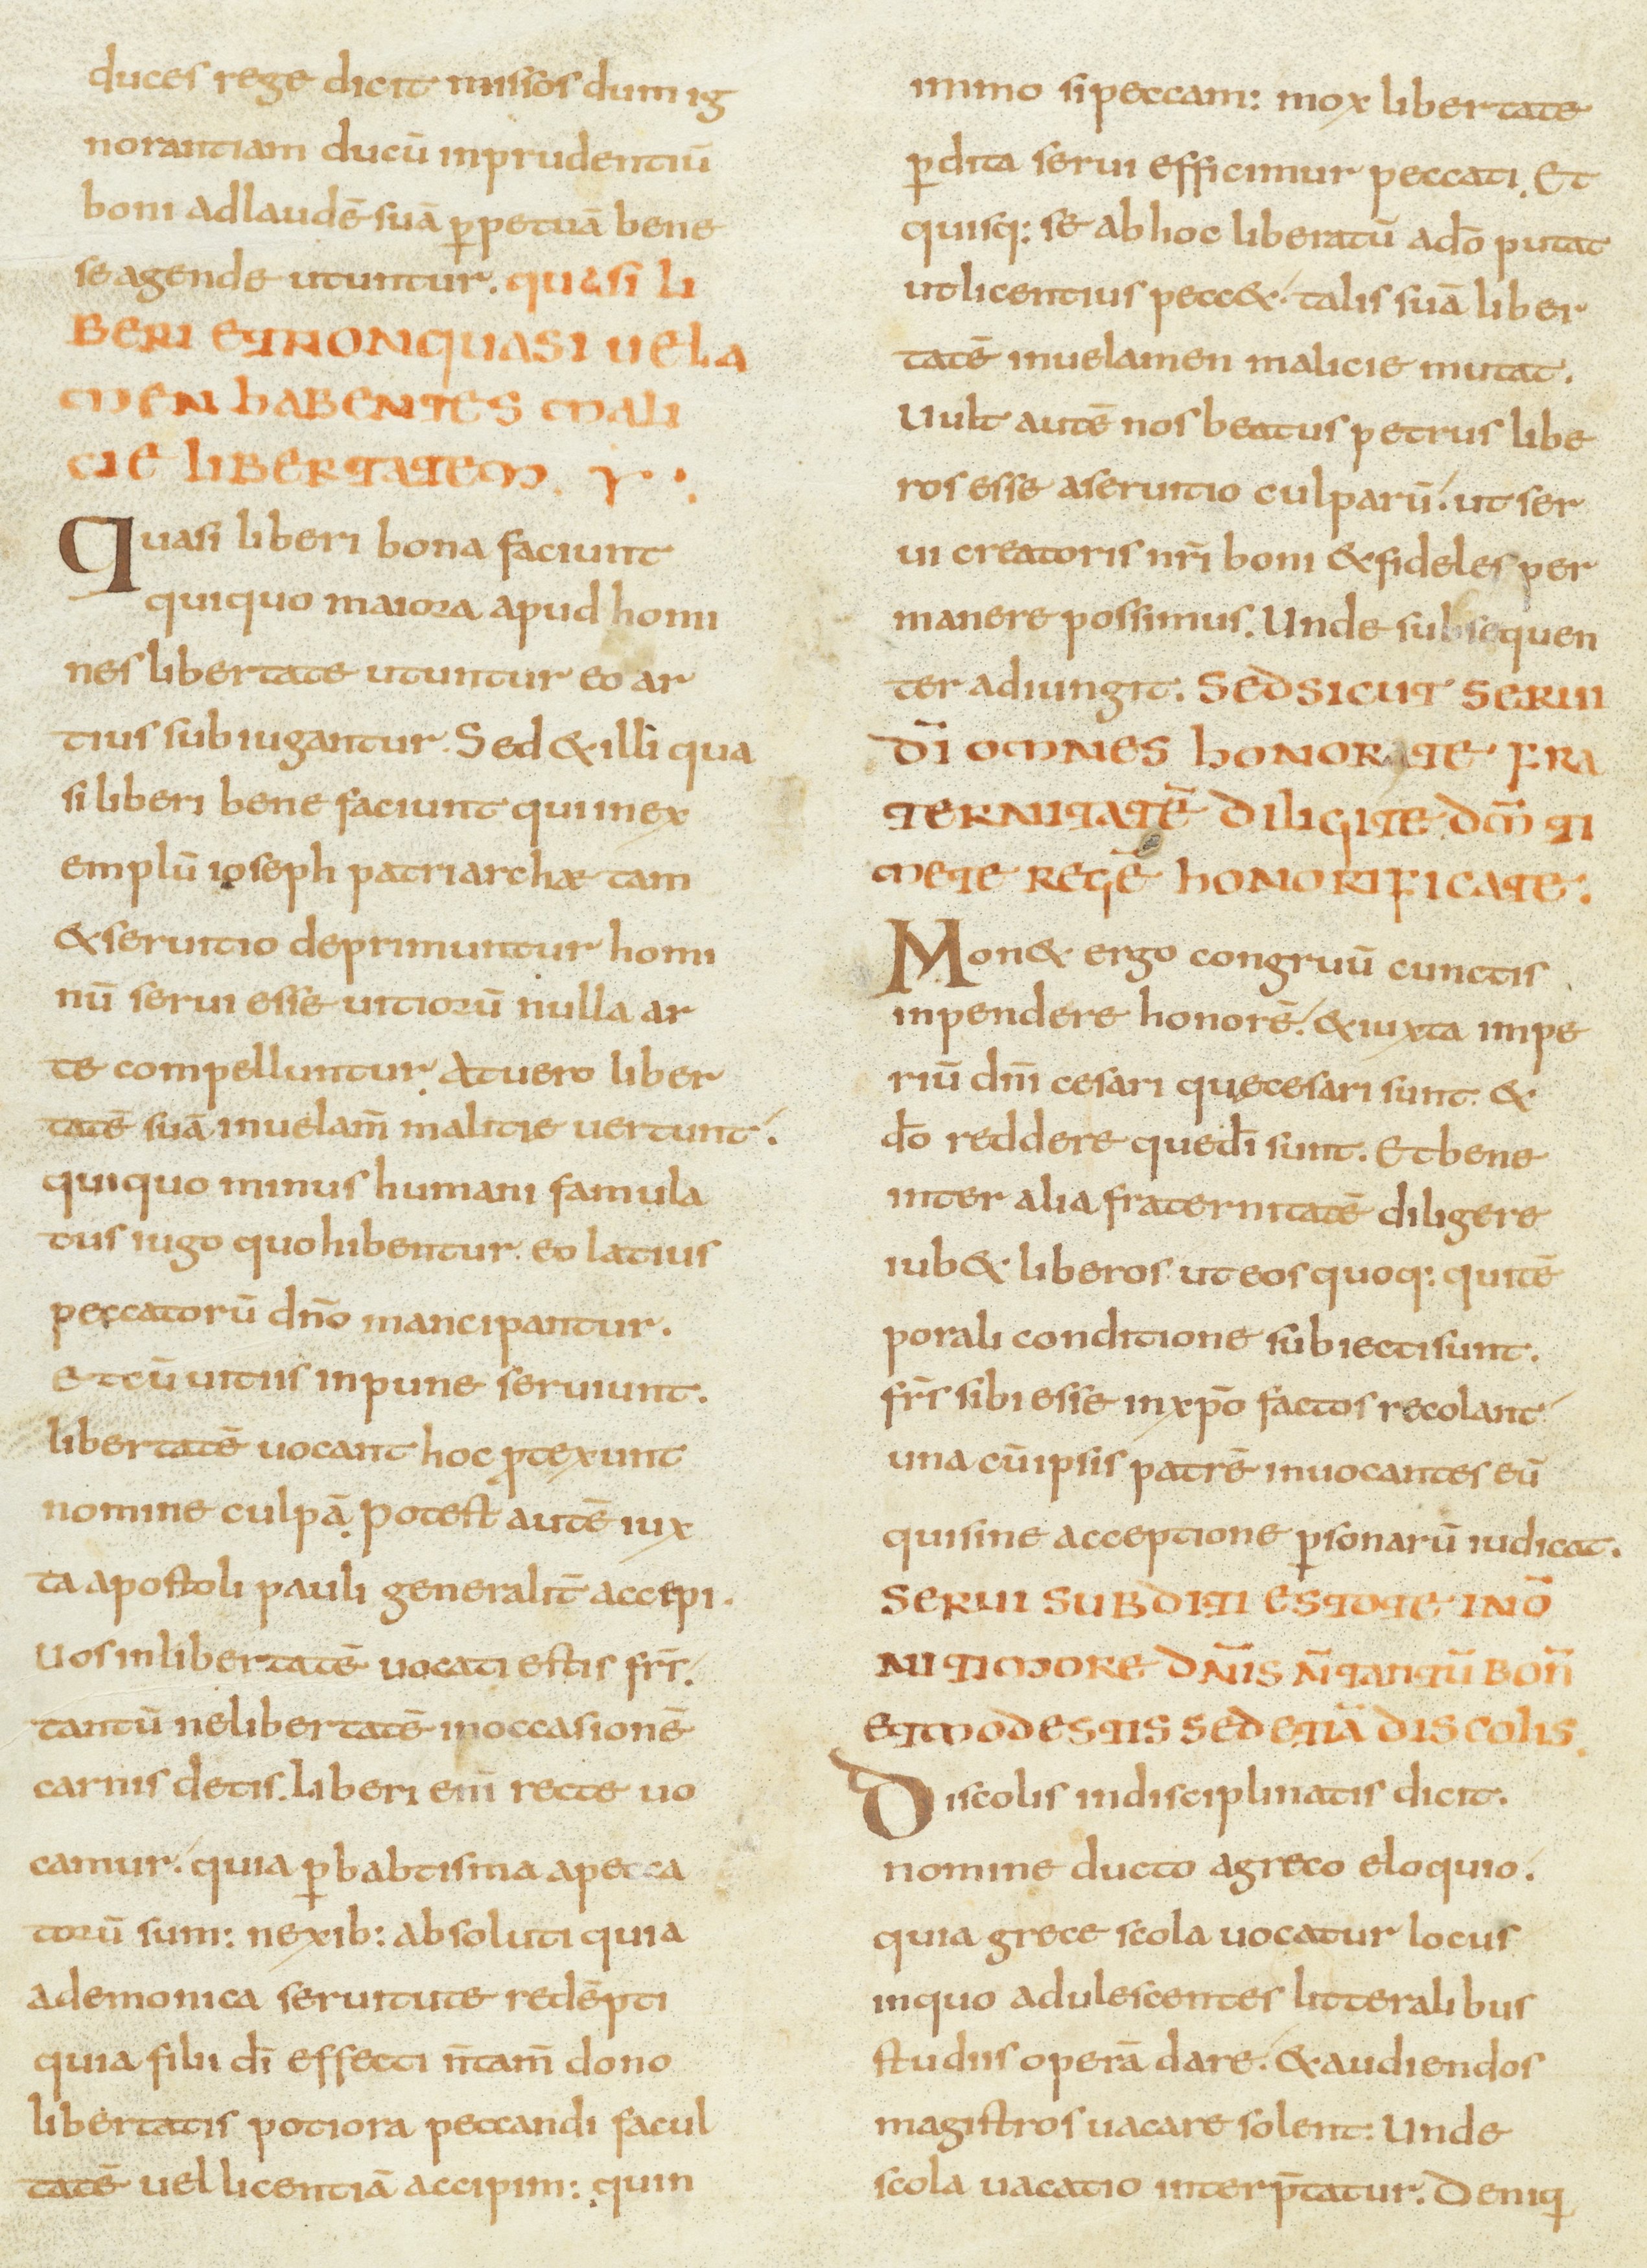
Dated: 800–899